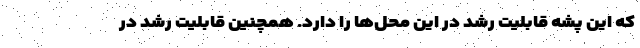
که این پشه قابلیت رشد در این محل‌ها را دارد. همچنین قابلیت رشد در